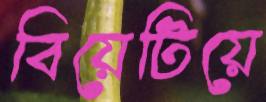
বিয়েটিয়ে